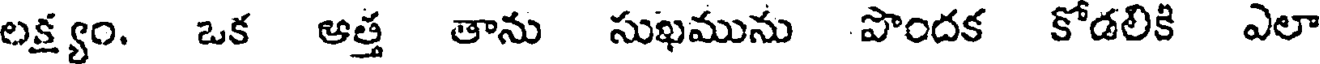
లక్ష్యం. ఒక ఆత్త తాను సుఖమును పొందక కోడలికి ఎలా